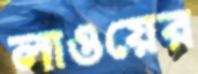
লাওয়ের